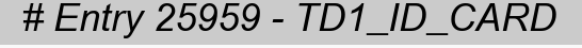
# Entry 25959 - TD1_ID_CARD